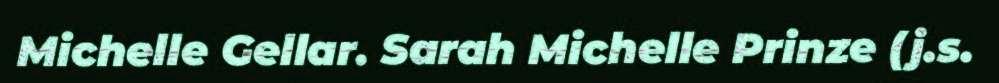
Michelle Gellar. Sarah Michelle Prinze (j.s.